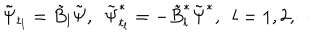
LaTeX: \tilde { \Psi } _ { t _ { l } } = \tilde { B } _ { l } \tilde { \Psi } , \ \ \tilde { \Psi } _ { t _ { l } } ^ { * } = - \tilde { B } _ { l } ^ { * } \tilde { \Psi } ^ { * } , \ \ l = 1 , 2 , \cdots